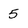
Character: 5